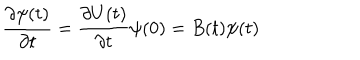
LaTeX: { \frac { \partial \psi ( t ) } { \partial t } } = { \frac { \partial U ( t ) } { \partial t } } \psi ( 0 ) = B ( t ) \psi ( t )